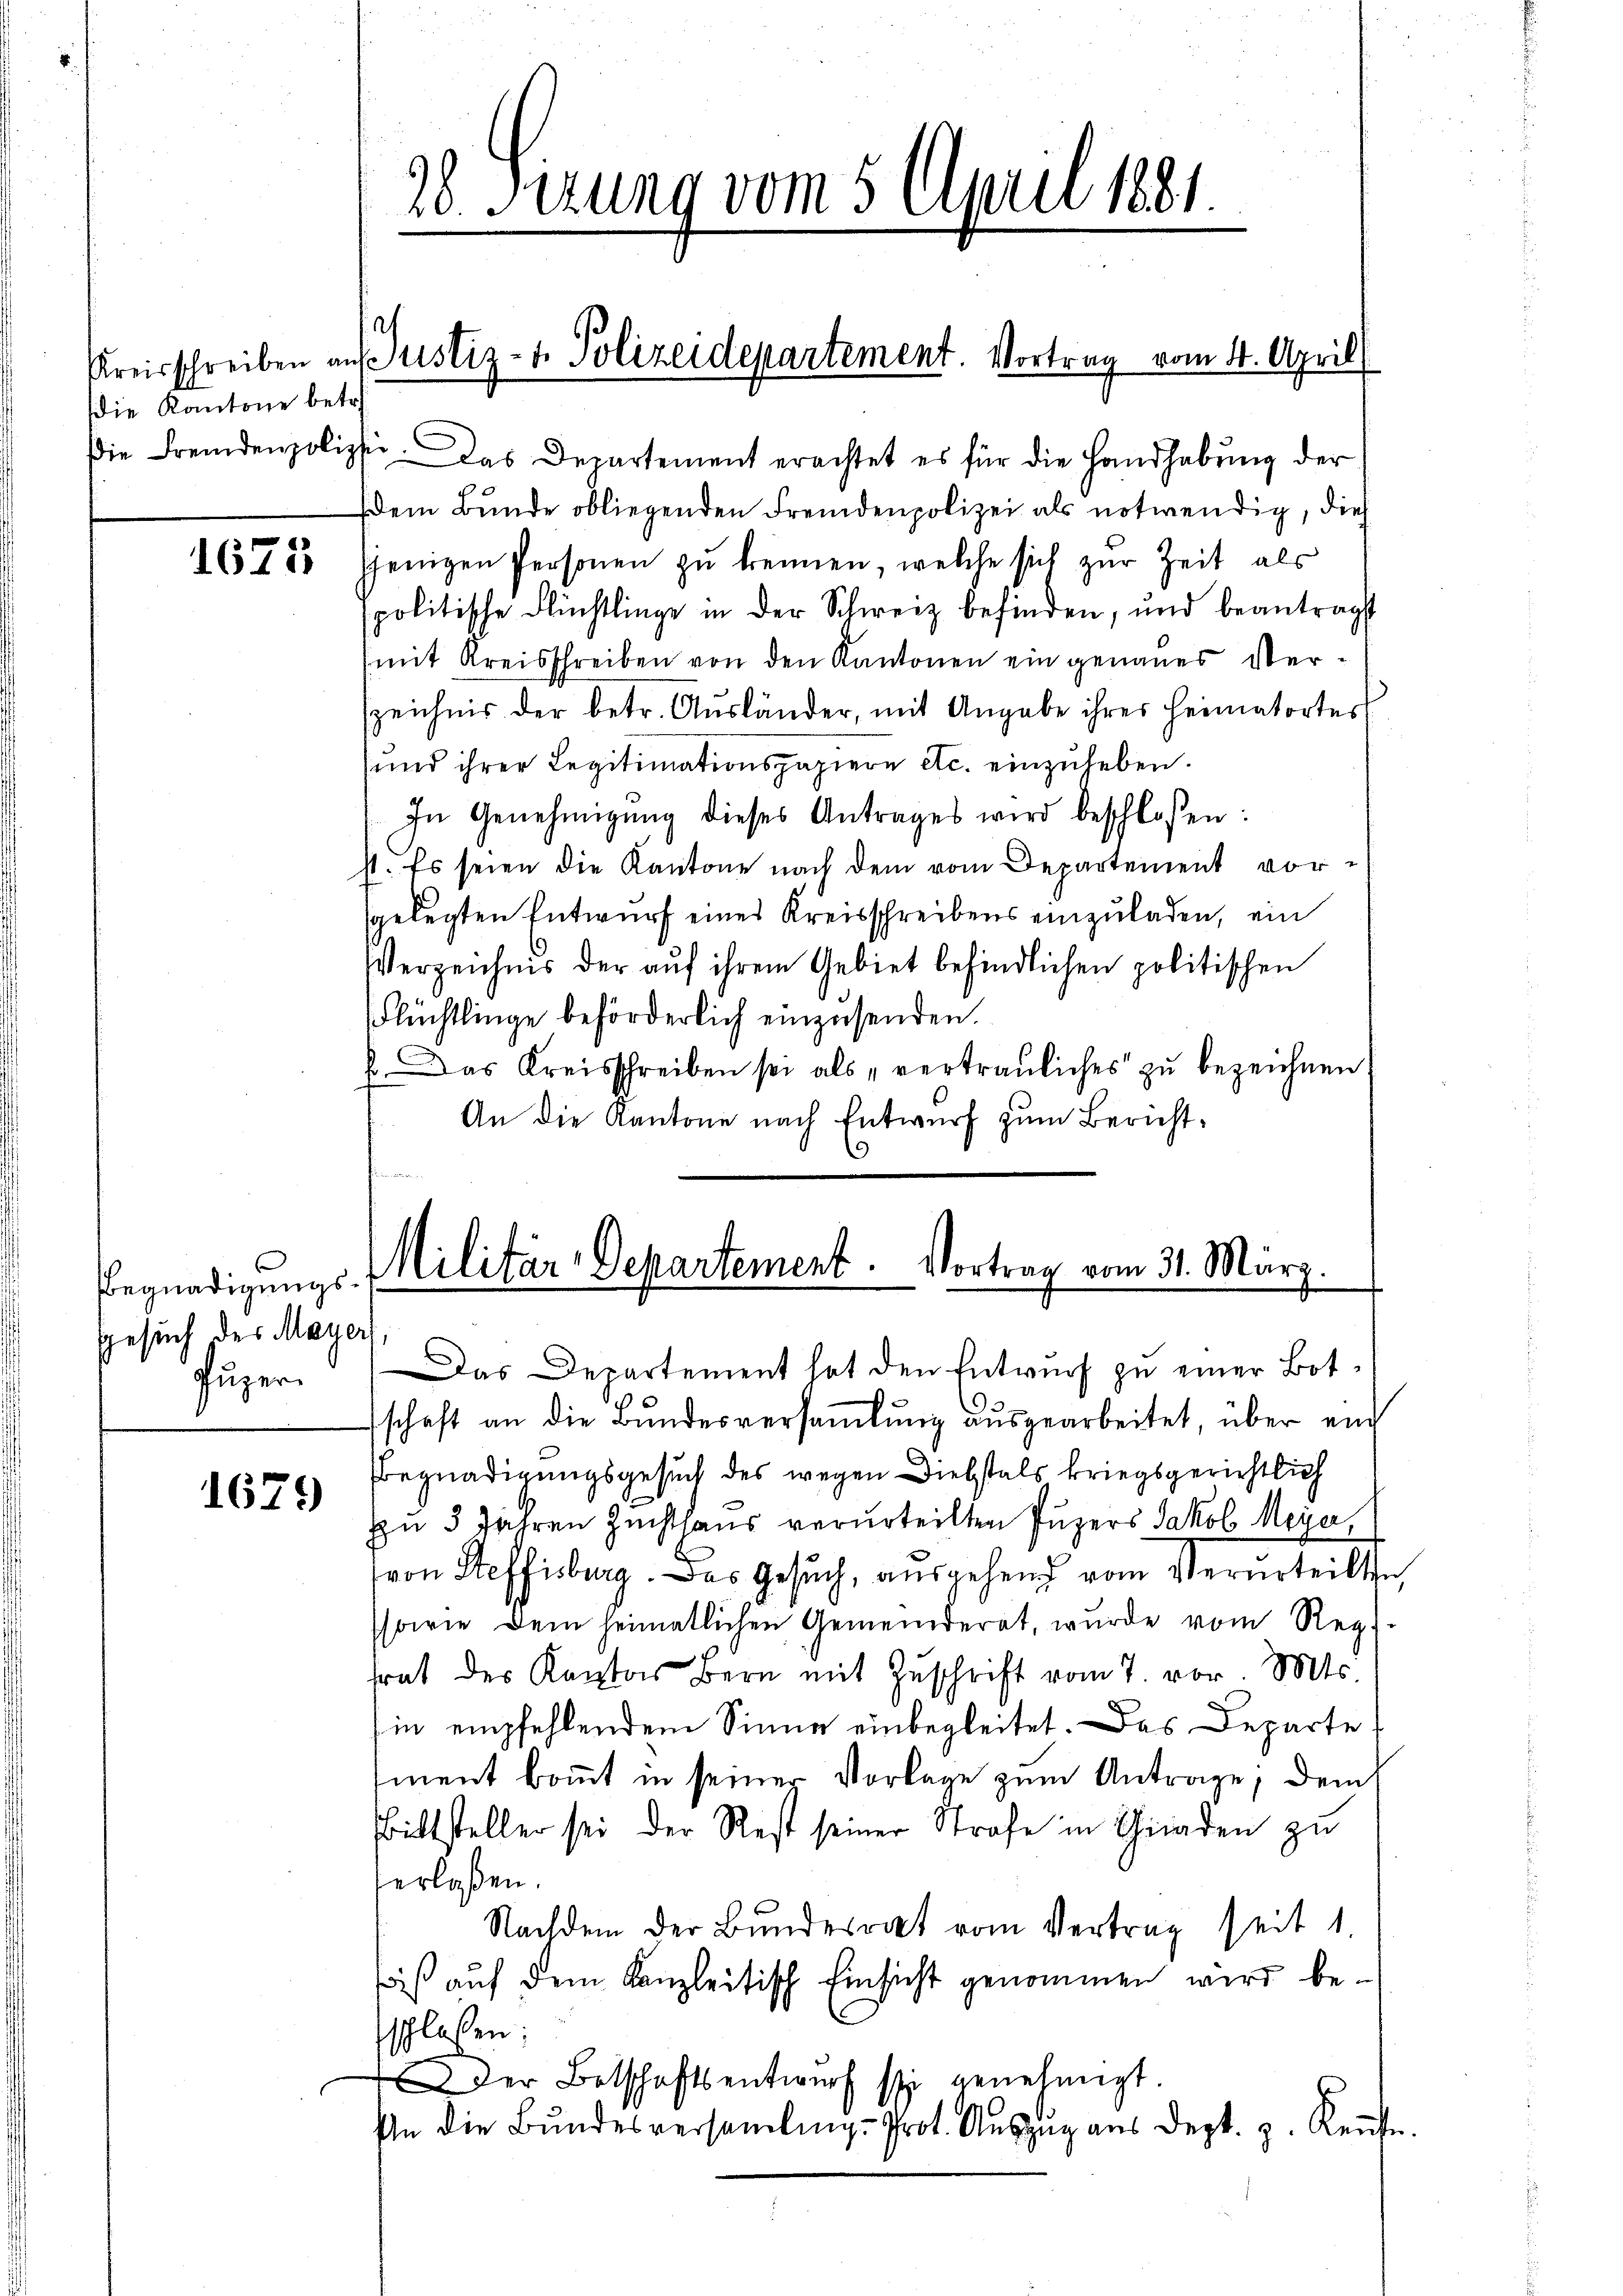
Die Kantone betr.

1675

Begnadigungs¬
Gesuch des Mayer
Puper.

1679

20. Serung vom 5. April 1881

Kreisschreiben ans Justiz- & Polizeidepartement. Vortrag vom 4. April

Die Fremdenpoliphie das Departement erachtet es für die Handhabŭng der
(dem Bunde obliegenden Fremdenpolizei als notwendig, dies
jjenigen Personen zu trennen, welche sich zur Zeit als
spolitische Flüchtlinge in der Schweiz befinden, und beantragt
(mit Kreisschreiben von den Kantonen ein genaues Ver¬
Ezeichnis der betr. Aŭsländer, mit Angabe ihres Heimatortes
und ihrer Legitimationspapiere etc. einzuheben.
In Genehmigŭng dieses Antrages wird beschlossen:
st. Es seien die Kantone nach dem vom Departement vor-
sgelegten Entwurf eines Kreisschreibens einzuladen, ein
Verzeichnis der auf ihrem Gebiet befindlichen politischen
Flüchtlinge beförderlich einzusenden.
.Das Kreisschreiben sei als „vertrauliches zu bezeichnen
An die Kantone nach Entwurf zum Bericht¬
¬

Militär-Departement. Vortrag vom 31. März.
Das Departement hat den Entwurf zu einer Bot¬

schaft an die Bŭndesversaṁlŭng aŭsgearbeitet, über ein
Begnadigungsgesuch des wegen Diebstals kriegsgerichtlich
hn 5 Jahren Zuchthaus verurteilten Puzers Jakob Meyer,
von Steffisburg. Das Gesuch, ausgehend vom Verurteilten
ssowie dem heimatlichen Gemeinderat, wurde vom Reg.-
frat der Kantons Bern mit Zŭschrift vom 7. vor. Mts.
in empfehlendem Sinne einbegleitet. Das Departe
iment kommt in seiner Vorlage zum Antrage; dem
Bittsteller sei der Rest seiner Strafe in Gnaden zu
erlassen.
Nachdem der Bundesrat vom Vertrag seit 1.
säß auf dem Kanzleitisch Einsicht genommen wird beschlassen:
Der Botschaftsentwurf sei genehmigt.
In die Bundesversamlung - Prot. Auszug aus dept. z. Rente.